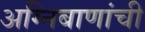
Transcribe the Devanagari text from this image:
अग्निबाणांची